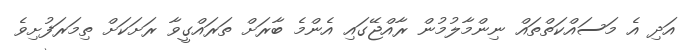
އަދި އެ މަސައްކަތްތައް ނިންމާލުމުން ރާއްޖޭގައި އެންމެ ބާރަށް ތަރައްގީވާ ރަށަކަށް ތިމަރަފުށިވެ